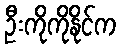
ဦးကိုကိုနိုင်က